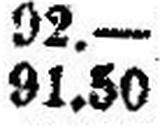
91.50